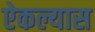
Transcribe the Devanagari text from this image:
ऐकल्यास